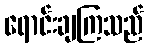
ရောင်းချကြသည်